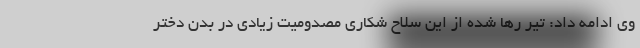
وی ادامه داد: تیر رها شده از این سلاح شکاری مصدومیت زیادی در بدن دختر